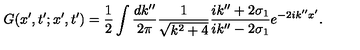
G ( x ^ { \prime } , t ^ { \prime } ; x ^ { \prime } , t ^ { \prime } ) = \frac { 1 } { 2 } \int \frac { d k ^ { \prime \prime } } { 2 \pi } \frac { 1 } { \sqrt { k ^ { 2 } + 4 } } \frac { i k ^ { \prime \prime } + 2 \sigma _ { 1 } } { i k ^ { \prime \prime } - 2 \sigma _ { 1 } } e ^ { - 2 i k ^ { \prime \prime } x ^ { \prime } } .